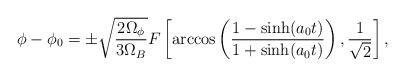
LaTeX: \begin{align*}\phi-\phi_0= \pm\sqrt{\frac{2\Omega_{\phi}}{3\Omega_B}}F\left[\arccos\left(\frac{1 -\sinh(a_0 t)}{1+\sinh(a_0t)}\right), \frac{1}{\sqrt{2}}\right] ,\end{align*}